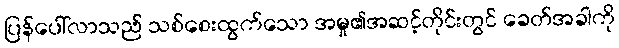
ပြန်ပေါ်လာသည် သစ်စေးထွက်သော အမှု၏အဆင့်တိုင်းတွင် ခေတ်အခါကို